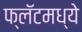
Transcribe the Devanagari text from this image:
फ्लॅटमध्ये